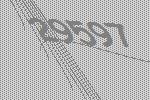
29597